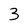
Character: 3